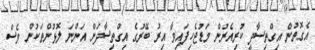
އެގޮތުން އިގްތިސާދީ ކުރިއެރުން މަޑުޖެހިފައިވާ އިރު ބޭރުގެ އިގްތިސާދަށް އަންނަ ލޮޅުންތަކުން ވެސް